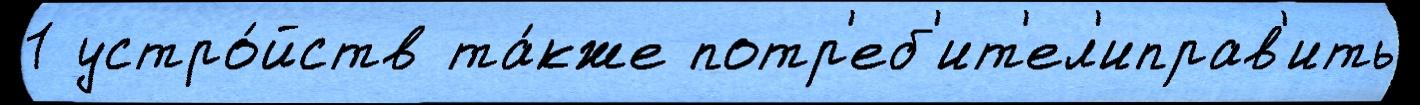
1 устро́йств та́кже потр'еб'ит'ел'иправ'ить